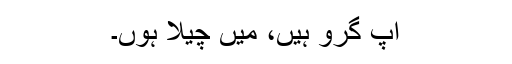
آپ گرو ہیں، میں چیلا ہوں۔